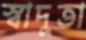
স্বাদুতা